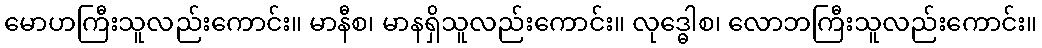
မောဟကြီးသူလည်းကောင်း။ မာနီစ၊ မာနရှိသူလည်းကောင်း။ လုဒ္ဓေါစ၊ လောဘကြီးသူလည်းကောင်း။